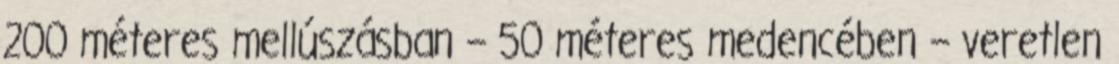
200 méteres mellúszásban – 50 méteres medencében – veretlen